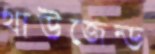
থাউজেন্ড